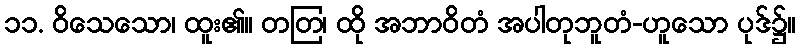
၁၁. ဝိသေသော၊ ထူး၏။ တတြ၊ ထို အဘာဝိတံ အပါတုဘူတံ-ဟူသော ပုဒ်၌။